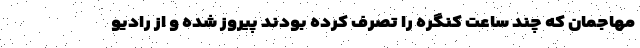
مهاجمان که چند ساعت کنگره را تصرف کرده بودند پیروز شده و از رادیو